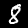
Label: 8